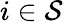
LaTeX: i\in\mathcal{S}